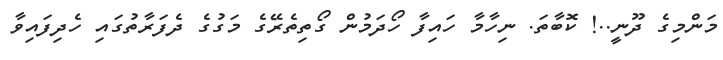
މަންމިގެ ދޫނީ..! ކޮބާތަ. ނިހާމާ ހައިފާ ހޯދަމުން ގޯތިތެރޭގެ މަގުގެ ދެފަރާތުގައި ހެދިފައިވާ